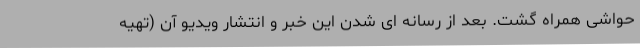
حواشی همراه گشت. بعد از رسانه ای شدن این خبر و انتشار ویدیو آن (تهیه